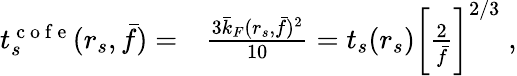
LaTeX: \begin{array}{rl}{t_{s}^{\mathrm{~c~o~f~e~}}(r_{s},\bar{f})=}&{{}\frac{3\bar{k}_{F}(r_{s},\bar{f})^{2}}{10}=t_{s}(r_{s})\bigg[\frac{2}{\bar{f}}\bigg]^{2/3}\; ,}\end{array}